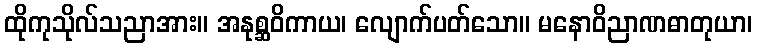
ထိုကုသိုလ်သညာအား။ အနုစ္ဆဝိကာယ၊ လျောက်ပတ်သော။ မနောဝိညာဏဓာတုယာ၊